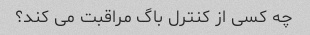
چه کسی از کنترل باگ مراقبت می کند؟